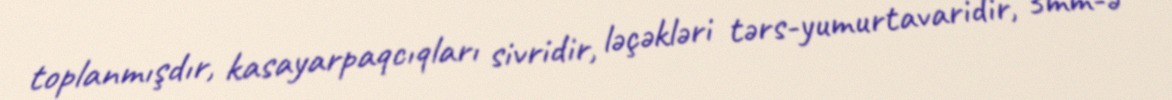
toplanmışdır, kasayarpaqcıqları sivridir, ləçəkləri tərs-yumurtavaridir, 3mm-ə